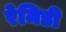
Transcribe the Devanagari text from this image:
रेमिडी